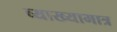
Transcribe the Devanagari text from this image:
व्याख्यामात्र